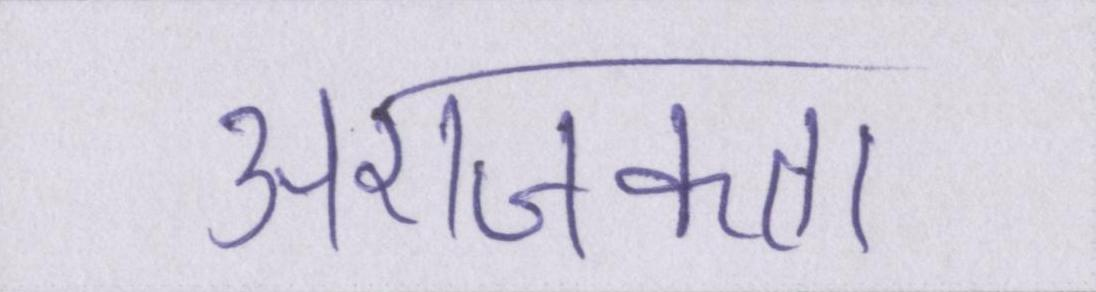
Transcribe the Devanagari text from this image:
अराजकता